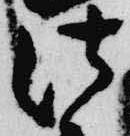
法